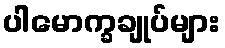
ပါမောက္ခချုပ်များ